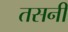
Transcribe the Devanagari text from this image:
तसनी